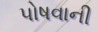
પોષવાની